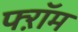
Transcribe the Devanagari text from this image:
फ्ऱॉम